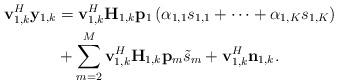
LaTeX: \begin{align*}\mathbf{v}_{1,k}^H\mathbf{y}_{1,k} &= \mathbf{v}_{1,k}^H\mathbf{H}_{1,k}\mathbf{p}_1 \left(\alpha_{1,1}s_{1,1}+\cdots+ \alpha_{1,K}s_{1,K}\right)\\ &+\sum_{m=2}^{M}\mathbf{v}_{1,k}^H\mathbf{H}_{1,k}\mathbf{p}_{m} \tilde{ {s}}_{m}+\mathbf{v}_{1,k}^H\mathbf{n}_{1,k}.\end{align*}